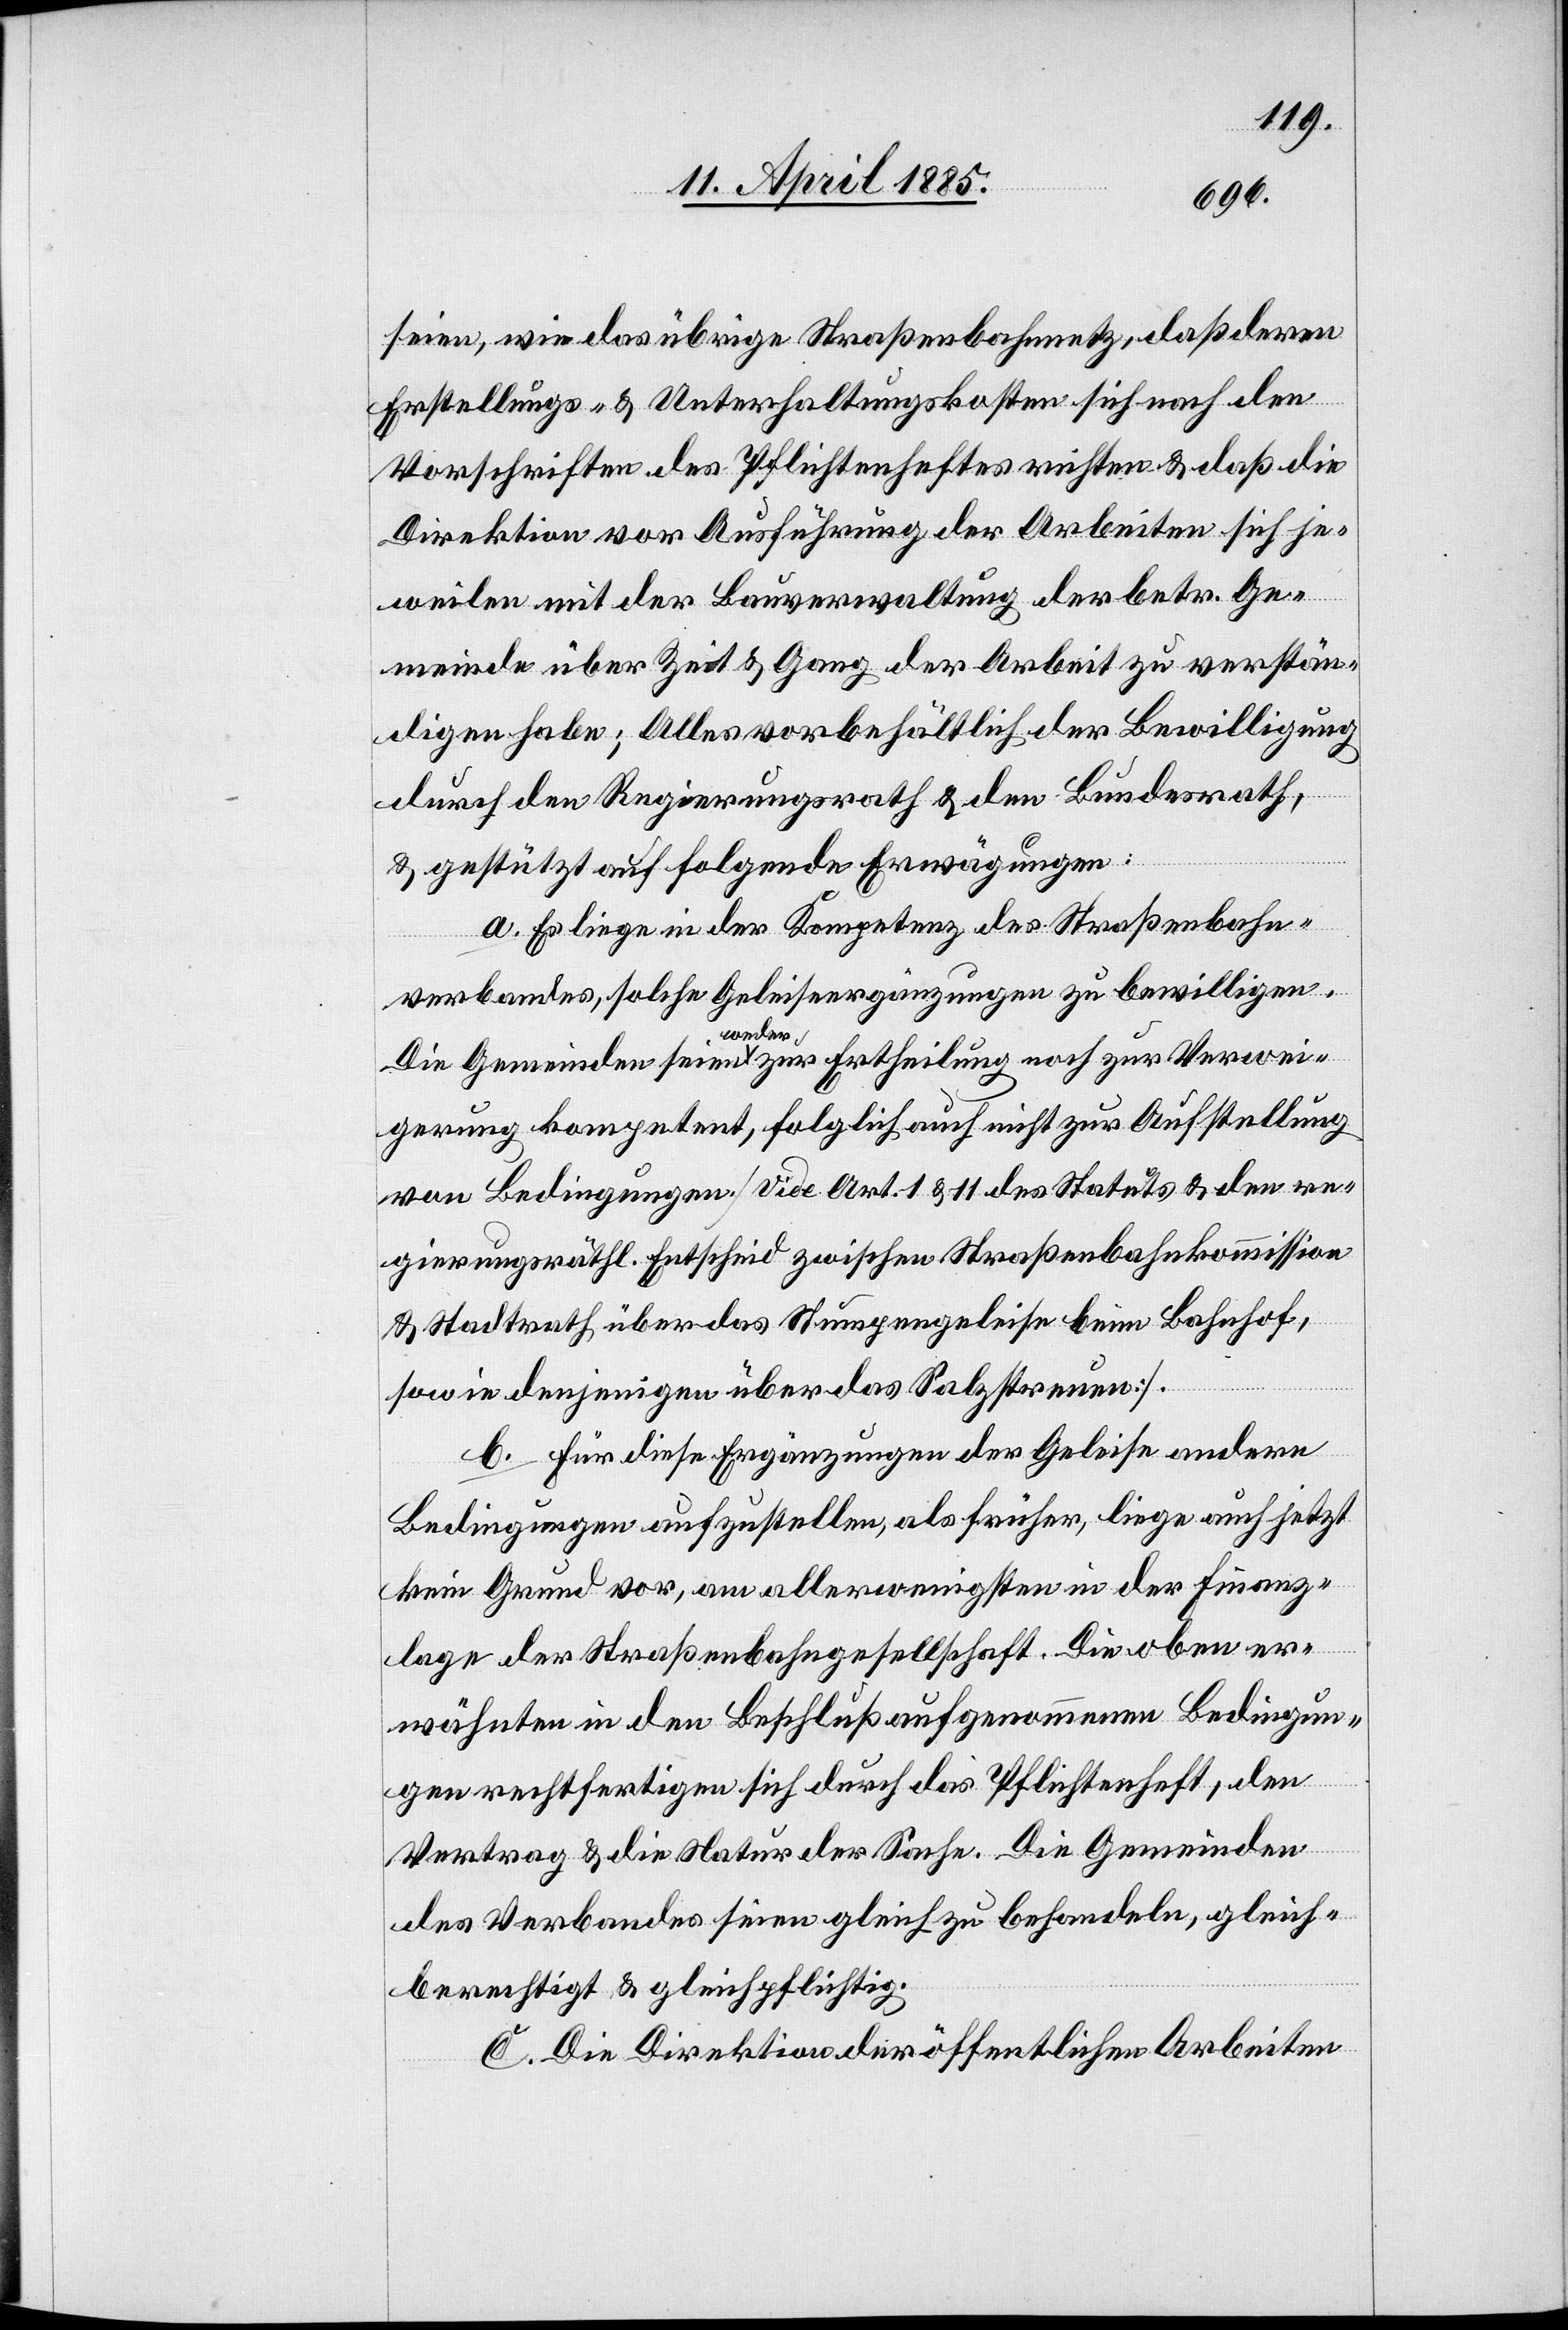
seien wie das übrige Straßenbahnnetz, daß deren
Erstellungs- & Unterhaltungskosten sich nach den
Vorschriften des Pflichtenheftes richten & daß die
Direktion vor Ausführung der Arbeiten sich je¬
weilen mit der Bauverwaltung der betr. Ge¬
meinde über Zeit & Gang der Arbeit zu verstän¬
digen habe; Alles vorbehältlich der Bewilligung
durch den Regierungsrath & den Bundesrath,
& gestützt auf folgende Erwägungen:
a. Es liege in der Kompetenz des Straßenbahn¬
verbandes, solche Geleiseergänzungen zu bewilligen.
Die Gemeinden seien weder zur Ertheilung noch zur Verwei¬
gerung kompetent, folglich auch nicht zur Aufstellung
von Bedingungen [Vide Art. 1 & 11 des Statuts & den re¬
gierungsräthl. Entscheid zwischen Straßenbahnkommission
& Stadtrath über das Stumpengeleise beim Bahnhof,
sowie in denjenigen über das Salzstreuen].
b. Für diese Ergänzungen der Geleise andere
Bedingungen aufzustellen, als früher, liege auch jetzt
kein Grund vor, am allerwenigsten in der Finanz¬
lage der Straßenbahngesellschaft. Die oben er¬
wähnten in den Beschluß aufgenommenen Bedingun¬
gen rechtfertigen sich durch das Pflichtenheft, den
Vertrag & die Natur der Sache. Die Gemeinden
des Verbandes seien gleich zu behandeln, gleich¬
berechtigt & gleichpflichtig.
C. Die Direktion der öffentlichen Arbeiten